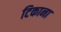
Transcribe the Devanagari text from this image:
टिकाना